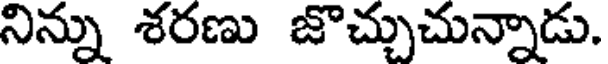
నిన్ను శరణు జొచ్చుచున్నాడు.